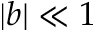
| b | \ll 1